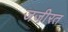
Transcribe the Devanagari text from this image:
जजी़रत